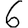
Digit: 6